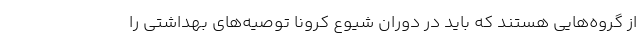
از گروه‌هایی هستند که باید در دوران شیوع کرونا توصیه‌های بهداشتی را